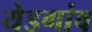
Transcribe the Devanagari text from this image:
येडगांव